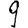
Digit: 9